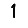
Digit: 1